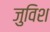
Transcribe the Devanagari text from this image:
जुविश